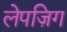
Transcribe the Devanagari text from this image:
लेपज़िग